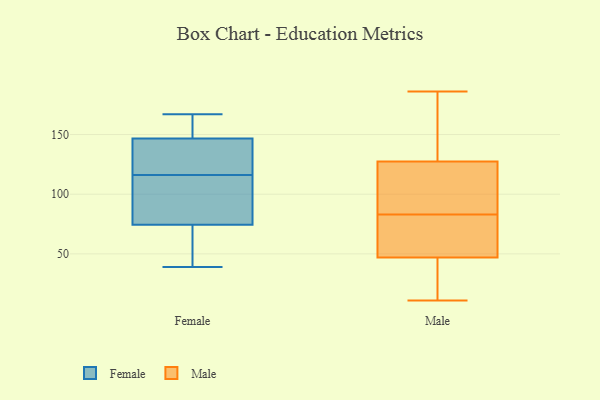
{"axis": {"x": "Backlog", "y": "Value"}, "legend": ["Female", "Male"], "data": [{"x": "", "y": 149, "type": "Female"}, {"x": "", "y": 108, "type": "Female"}, {"x": "", "y": 156, "type": "Female"}, {"x": "", "y": 81, "type": "Female"}, {"x": "", "y": 146, "type": "Female"}, {"x": "", "y": 124, "type": "Female"}, {"x": "", "y": 116, "type": "Female"}, {"x": "", "y": 44, "type": "Female"}, {"x": "", "y": 39, "type": "Female"}, {"x": "", "y": 167, "type": "Female"}, {"x": "", "y": 125, "type": "Female"}, {"x": "", "y": 91, "type": "Female"}, {"x": "", "y": 55, "type": "Female"}, {"x": "", "y": 57, "type": "Male"}, {"x": "", "y": 13, "type": "Male"}, {"x": "", "y": 107, "type": "Male"}, {"x": "", "y": 107, "type": "Male"}, {"x": "", "y": 130, "type": "Male"}, {"x": "", "y": 120, "type": "Male"}, {"x": "", "y": 83, "type": "Male"}, {"x": "", "y": 63, "type": "Male"}, {"x": "", "y": 11, "type": "Male"}, {"x": "", "y": 186, "type": "Male"}, {"x": "", "y": 134, "type": "Male"}, {"x": "", "y": 47, "type": "Male"}, {"x": "", "y": 165, "type": "Male"}, {"x": "", "y": 47, "type": "Male"}, {"x": "", "y": 45, "type": "Male"}]}